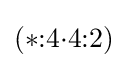
(*{:}4{\cdot }4{:}2)